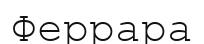
Феррара